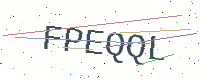
Text: FPEQQL